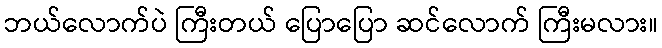
ဘယ်လောက်ပဲ ကြီးတယ် ပြောပြော ဆင်လောက် ကြီးမလား။